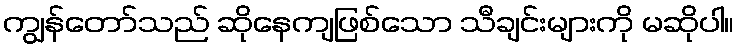
ကျွန်တော်သည် ဆိုနေကျဖြစ်သော သီချင်းများကို မဆိုပါ။